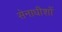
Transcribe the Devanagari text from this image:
सेनाधीशों